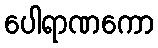
ပေါရာဏကော